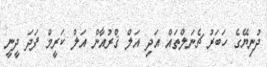
ދުނިޔޭގެ ހަބަރު ޗެނަލްތައް އަދި އަލް ޤްރުއާން އަލް ކަރީމް ފަދަ ދީނީ